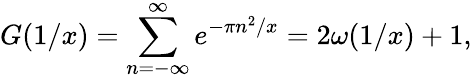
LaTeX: G(1/x)=\sum_{n=-\infty}^{\infty}e^{-\pi n^{2}/x}=2\omega(1/x)+1,